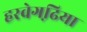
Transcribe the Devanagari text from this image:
हरवेगढि़या